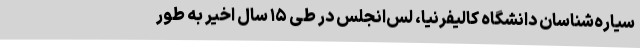
سیاره‌شناسان دانشگاه کالیفرنیا، لس‌انجلس در طی ۱۵ سال اخیر به طور